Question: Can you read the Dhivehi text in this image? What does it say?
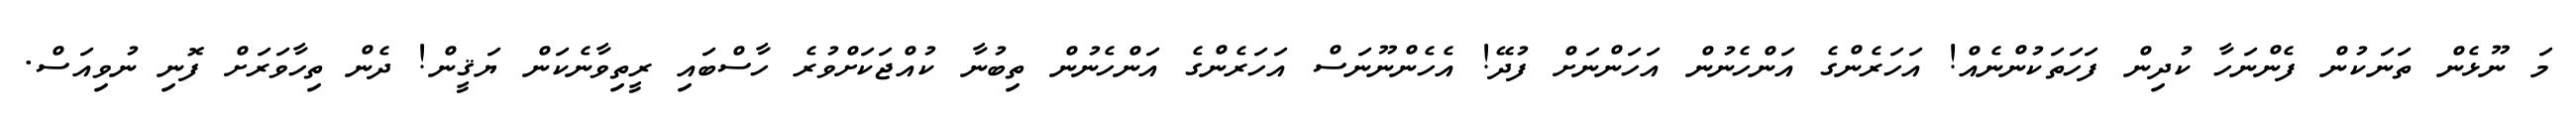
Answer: މަ ނޫޅެން ތަނަކުން ފެންނަހާ ކުދިން ފަހަތަކުންނެއް! އަހަރެންގެ އަންހެނުން އަހަންނަށް ފުދޭ! އެހެންނޫނަސް އަހަރެންގެ އަންހެނުން ތިބުނާ ކުއްޖަކަށްވުރެ ހާސްބައި ރީތިވާނެކަން ޔަޤީން! ދެން ތިހާވަރަށް ފޮނި ނުވިއަސް.